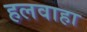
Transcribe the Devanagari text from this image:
हलवाहा